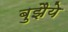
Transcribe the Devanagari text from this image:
बुझैये